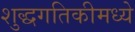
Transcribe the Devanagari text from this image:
शुद्धगतिकीमध्ये